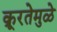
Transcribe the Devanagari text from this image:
क्रूरतेमुळे